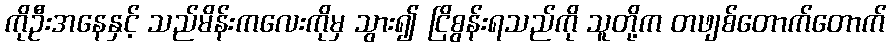
ကိုဦးအနေနှင့် သည်မိန်းကလေးကိုမှ သွား၍ ငြိစွန်းရသည်ကို သူတို့က တဖျစ်တောက်တောက်